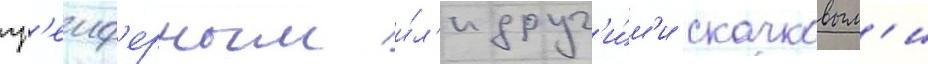
гр'еиф'ерным и́л'и друг'и́м'и скачковым'и